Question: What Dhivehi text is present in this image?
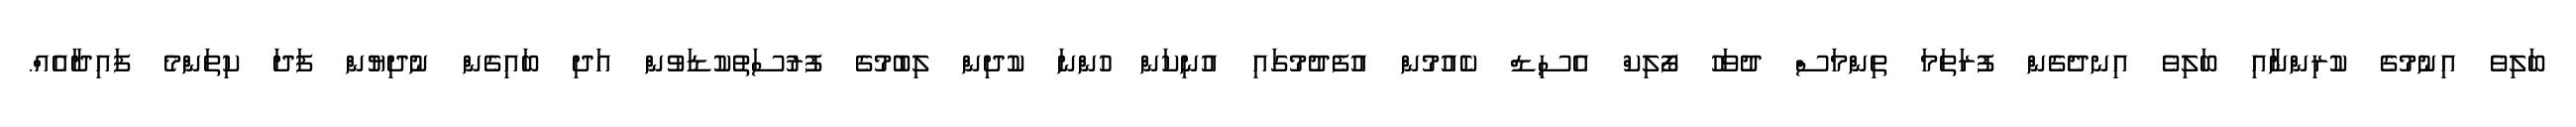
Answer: ބަލިވެ އިނުމުގެ ކުރިންނާއި ބަލިވެ އިނދެގެން ފުރަތަމަ ތިންމަސް ދުވަހު ފޯލިކް އެސިޑް ކެއުމުން އުފެދުމުގައި އުނިކަން ހުންނަ ކުދިން ލިބުމުގެ ފުރުސަތުކުޑަވުން އަދި ބައިގެން ނުދިޔުން ފަދަ ކިތަންމެ ފައިދާއެއް.